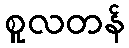
စူလတန်